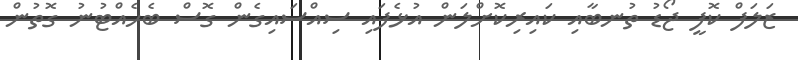
ޒަލަފް ކޮފީ ޖޯޑު ތުނބާއި ކައިރިކޮށްލަން އުޅެފައި ސިއްސައިގެން ގޮސް ބެހެއްޓުނު ގޮތުން